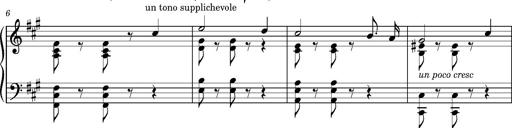
Title: Cavatine de Robert le Diable
Composer: Franz Liszt
Key: F-sharp minor